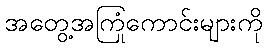
အတွေ့အကြုံကောင်းများကို